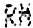
RM